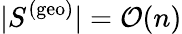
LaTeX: |S^{\mathrm{(geo)}}|=\mathcal{O}(n)